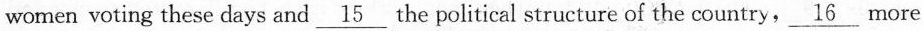
women voting these days and \underline{字}the political structure of the country, \underline{字} more